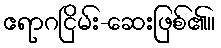
ဧရာဂငြိမ်း-ဆေးဖြစ်၏။